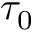
\tau _ { 0 }